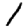
Digit: 1